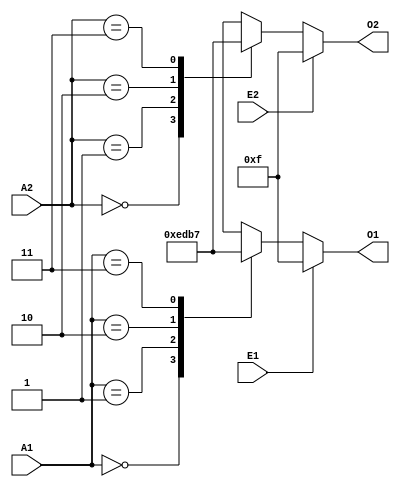
//------------------------------------------------------------------------------
// SPDX-License-Identifier: GPL-2.0-or-later
// SPDX-FileType: SOURCE
// SPDX-FileCopyrightText: (c) 2022, Pierre Cornier (Pierco)
//------------------------------------------------------------------------------

module x74139(
        input            E1,
        input            E2,
        input      [1:0] A1,
        input      [1:0] A2,
        output reg [3:0] O1,
        output reg [3:0] O2
    );

    always @*
        if (~E1)
        case (A1)
            2'b00: O1 = 4'b1110;
            2'b01: O1 = 4'b1101;
            2'b10: O1 = 4'b1011;
            2'b11: O1 = 4'b0111;
        endcase
        else
            O1 = 4'b1111;

    always @*
        if (~E2)
        case (A2)
            2'b00: O2 = 4'b1110;
            2'b01: O2 = 4'b1101;
            2'b10: O2 = 4'b1011;
            2'b11: O2 = 4'b0111;
        endcase
        else
            O2 = 4'b1111;

endmodule